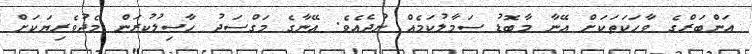
އަންބަރްގެ ވާހަކަތަކަށް އޭނާ މާބޮޑު ސަމާލުކަމެއް ނުދެއެވެ. އޭނާގެ މަގްސަދު ހާސިލުކުރަން މެދުވެރިޔަކަށް